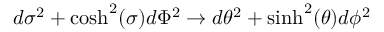
d \sigma ^ { 2 } + \cosh ^ { 2 } ( \sigma ) d \Phi ^ { 2 } \to d \theta ^ { 2 } + \sinh ^ { 2 } ( \theta ) d \phi ^ { 2 }